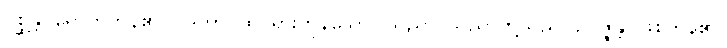
ဂစ္ဆန္တိ၊ ရောက်ကုန်၏။ ဝိဒိတာ၊ ထင်ရှားကုန်သော။ သညာ၊ သညာတို့သည်။ ဥပ္ပဇ္ဇန္တိ၊ ဖြစ်ကုန်၏။